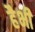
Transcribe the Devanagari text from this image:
हैभी